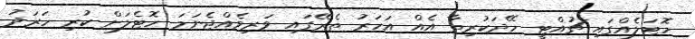
ހޮޓަލެއްގައި ޗުއްޓީ ހޭދަކުރިތާ އެއް އަހަރު ތެރޭގައި ވަރިވެއްޖެނަމަ ހޮޓެލަށް ކުރި ހަރަދު